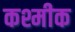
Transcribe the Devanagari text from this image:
कश्मीक